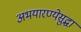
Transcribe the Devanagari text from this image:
अभयारण्येसुद्धा